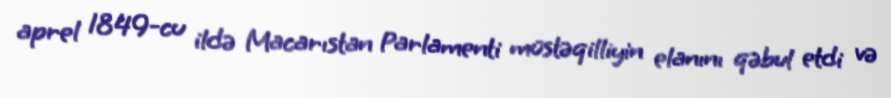
aprel 1849-cu ildə Macarıstan Parlamenti müstəqilliyin elanını qəbul etdi və